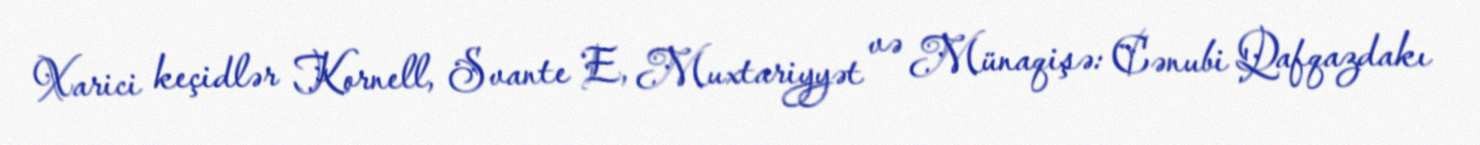
Xarici keçidlər Kornell, Svante E, Muxtariyyət və Münaqişə: Cənubi Qafqazdakı